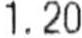
1.20